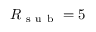
R _ { \mathrm { ~ s ~ u ~ b ~ } } = 5